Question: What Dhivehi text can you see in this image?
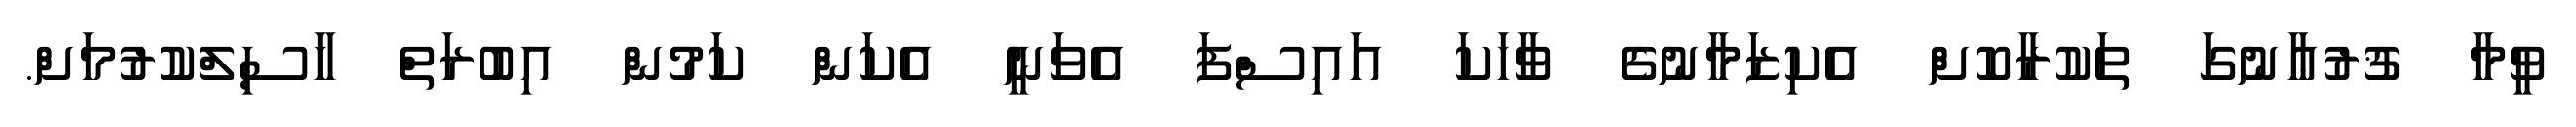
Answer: ވީމާ ޤުރުޢާނުގަ ތަކުރާކޮށް އެކިޒަމާނުގެ ވާހަކަ އައިސްފަ އެވަނީ އެކަން ކަމުން އިބުރަތް ހާސިލްކުރުމަށް.